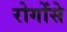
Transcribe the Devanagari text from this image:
रोगोंसे